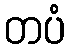
တပံ